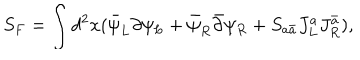
LaTeX: S _ { F } = \int d ^ { 2 } x ( \bar { \psi } _ { L } \partial \psi _ { L } + \bar { \psi } _ { R } \bar { \partial } \psi _ { R } + S _ { a \bar { a } } J _ { L } ^ { a } J _ { R } ^ { \bar { a } } ) ,